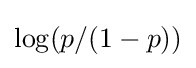
\log(p/(1-p))